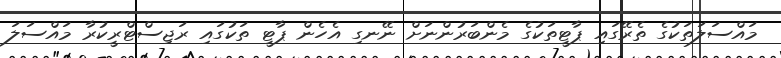
މައްސަލަތަކުގެ ތެރޭގައި ޕާޓީތަކުގެ މެންބަރުންނަށް ނޭނގި އެހެން ޕާޓީ ތަކުގައި ރަޖިސްޓްރީކުރާ މައްސަލަ